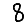
Digit: 8